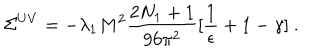
LaTeX: \Sigma ^ { U V } = - \lambda _ { 1 } M ^ { 2 } \frac { 2 N _ { 1 } + 1 } { 9 6 \pi ^ { 2 } } [ \frac { 1 } { \epsilon } + 1 - \gamma ] ~ .